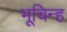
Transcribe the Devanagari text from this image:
भूचिन्ह